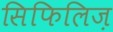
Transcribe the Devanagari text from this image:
सिफिलिज़